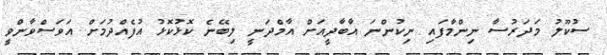
ސުކޫލު މަދަރުސާ ނިންމާފައި ނިކުންނަ އާބާދީއަށް އާމްދަނީ ލިބޭނެ ކޮޅުކޮޅު އުފެއްދުމަށް އަވަސްވާންވީ